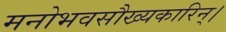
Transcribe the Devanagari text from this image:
मनोभवसौख्यकारिन्।